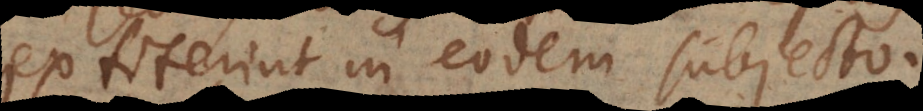
extiterint in eodem subjecto.